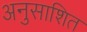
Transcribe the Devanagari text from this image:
अनुसाशित